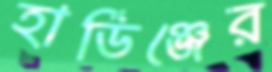
হার্ডিঞ্জের